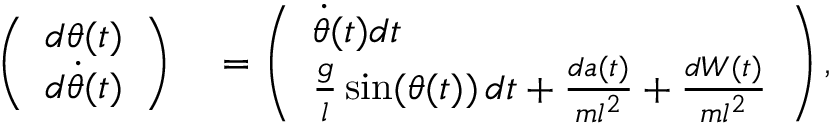
\begin{array} { r l } { \left( \begin{array} { l } { d \theta ( t ) } \\ { d \dot { \theta } ( t ) } \end{array} \right) } & { { } = \left( \begin{array} { l } { \dot { \theta } ( t ) d t } \\ { \frac { g } { l } \sin ( \theta ( t ) ) \, d t + \frac { d a ( t ) } { m l ^ { 2 } } + \frac { d W ( t ) } { m l ^ { 2 } } } \end{array} \right) , } \end{array}